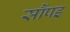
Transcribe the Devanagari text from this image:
सौंपइ